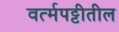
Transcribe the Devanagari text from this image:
वर्त्मपट्टीतील